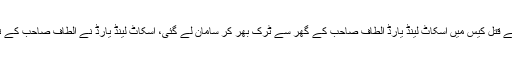
انہوں نے کہا کہ عمران فاروق کے قتل کیس میں اسکاٹ لینڈ یارڈ الطاف صاحب کے گھر سے ٹرک بھر کر سامان لے گئی، اسکاٹ لینڈ یارڈ نے الطاف صاحب کے تین دن تک مسلسل انٹرویوز کیے۔